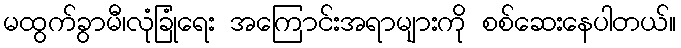
မထွက်ခွာမီ၊လုံခြုံရေး အကြောင်းအရာများကို စစ်ဆေးနေပါတယ်။